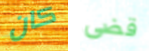
كان قضى